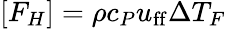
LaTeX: [F_{H}]=\rho c_{P}u_{\mathrm{ff}}\Delta T_{F}